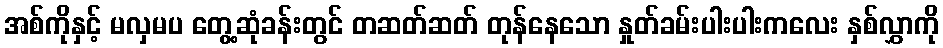
အစ်ကိုနှင့် မလှမပ တွေ့ဆုံခန်းတွင် တဆတ်ဆတ် တုန်နေသော နှုတ်ခမ်းပါးပါးကလေး နှစ်လွှာကို